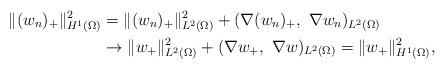
LaTeX: \begin{align*}\|(w_n)_+\|_{H^1(\Omega)}^2&=\|(w_n)_+\|_{L^2(\Omega)}^2+(\nabla (w_n)_+,~\nabla w_n)_{L^2(\Omega)}\\&\to\|w_+\|_{L^2(\Omega)}^2+(\nabla w_+,~\nabla w)_{L^2(\Omega)}=\|w_+\|_{H^1(\Omega)}^2,\end{align*}